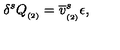
\delta ^ { s } Q _ { _ { ( 2 ) } } = \overline { { v } } _ { _ { ( 2 ) } } ^ { s } \epsilon ,